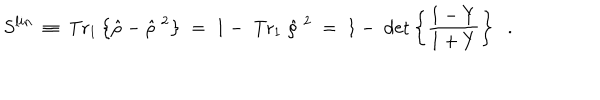
S ^ { l i n } \; \equiv \; \mathrm { T r } _ { 1 } \left\{ \hat { \rho } - \hat { \rho } ^ { \; 2 } \right\} \; = \; 1 - \; \mathrm { T r } _ { 1 } \; \hat { \rho } ^ { \; 2 } \; = \; 1 - \; \det \left\{ \frac { 1 - Y } { 1 + Y } \right\} \; \; .